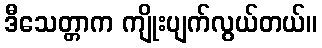
ဒီသေတ္တာက ကျိုးပျက်လွယ်တယ်။